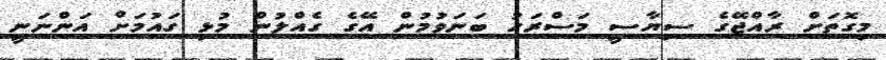
މިގޮތަށް ރާއްޖޭގެ ސިޔާސީ މަސްރަހު ބަނަވުމުން އޭގެ ގެއްލުން މުޅި ގައުމަށް އަންނަނީ